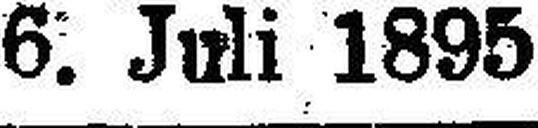
6. Juli 1895